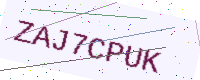
Text: ZAJ7CPUK